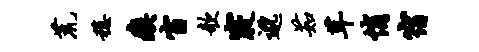
荒稳瘼窗欹寝邈茹茸悄宿